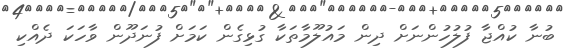
ބުނާ ކުއްޖާ ފުލުހުންނަށް ދިން މައުލޫމާތަކާ ގުޅިގެން ކަމަށް ފުނަދޫން ވާހަކަ ދެއްކި